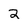
Character: 2